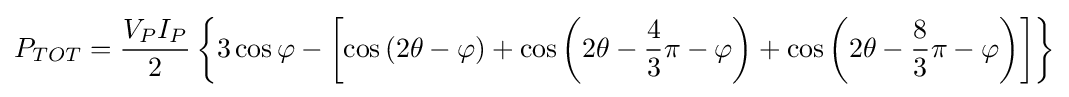
P_{TOT}={\frac {V_{P}I_{P}}{2}}\left\{3\cos \varphi -\left[\cos \left(2\theta -\varphi \right)+\cos \left(2\theta -{\frac {4}{3}}\pi -\varphi \right)+\cos \left(2\theta -{\frac {8}{3}}\pi -\varphi \right)\right]\right\}